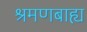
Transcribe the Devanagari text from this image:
श्रमणबाह्य